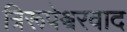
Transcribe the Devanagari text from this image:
त्रिरूपेश्वरवाद